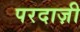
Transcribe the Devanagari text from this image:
परदाज़ी